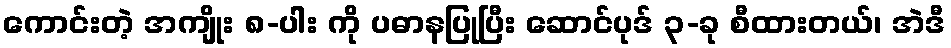
ကောင်းတဲ့ အကျိုး ၈-ပါး ကို ပဓာနပြုပြီး ဆောင်ပုဒ် ၃-ခု စီထားတယ်၊ အဲဒီ